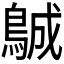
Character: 𱈨